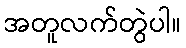
အတူလက်တွဲပါ။